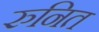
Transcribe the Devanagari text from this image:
रुनित